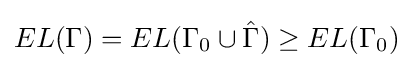
EL(\Gamma )=EL(\Gamma _{0}\cup {\hat {\Gamma }})\geq EL(\Gamma _{0})